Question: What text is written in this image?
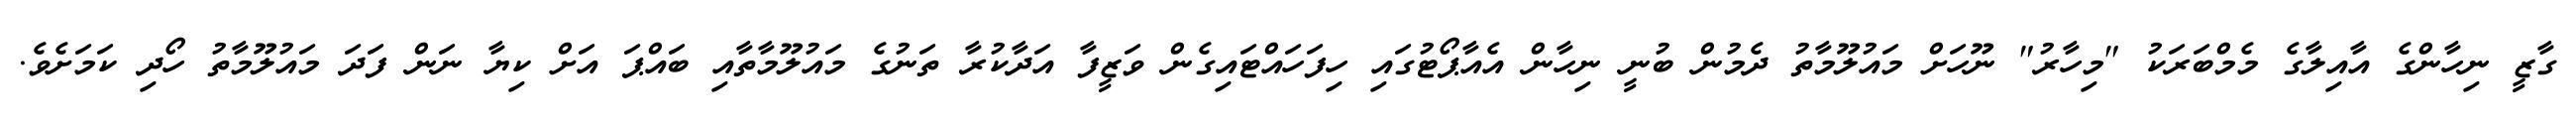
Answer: ގާޒީ ނިހާންގެ އާއިލާގެ މެމްބަރަކު "މިހާރު" ނޫހަށް މައުލޫމާތު ދެމުން ބުނީ ނިހާން އެއާޕޯޓުގައި ހިފަހައްޓައިގެން ވަޒީފާ އަދާކުރާ ތަނުގެ މައުލޫމާތާއި ބައްޕަ އަށް ކިޔާ ނަން ފަދަ މައުލޫމާތު ހޯދި ކަމަށެވެ.